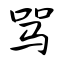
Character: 骂